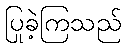
ပြုခဲ့ကြသည်